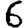
Digit: 6